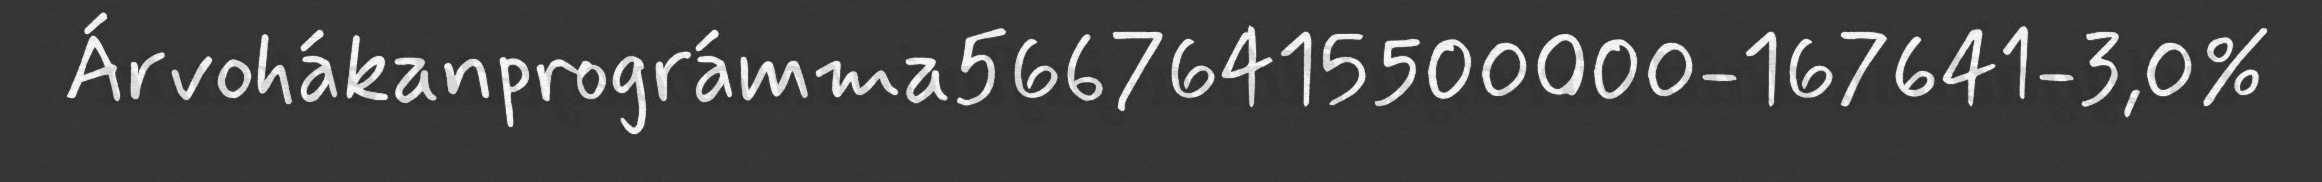
Árvohákanprográmma56676415500000-167641-3,0%